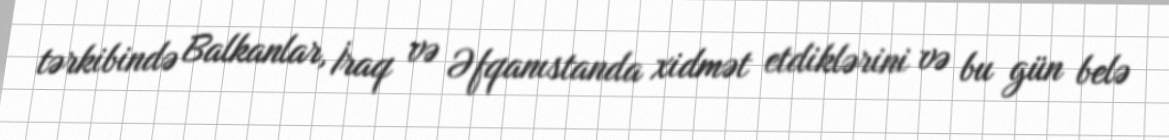
tərkibində Balkanlar, İraq və Əfqanıstanda xidmət etdiklərini və bu gün belə